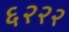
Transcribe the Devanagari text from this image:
६२२२